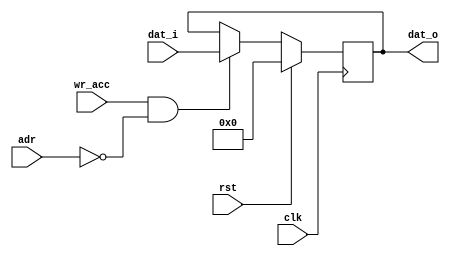
module wb_reg_1
  #(parameter ADDR=0,
    parameter DEFAULT=0,
    parameter WIDTH=32)
   (input clk, input rst, 
    input [5:0] adr, input wr_acc,
    input [31:0] dat_i, output reg [WIDTH-1:0] dat_o);
   always @(posedge clk)
     if(rst)
       dat_o <= DEFAULT;
     else if(wr_acc & (adr == ADDR))
       dat_o <= dat_i[WIDTH-1:0];
endmodule